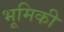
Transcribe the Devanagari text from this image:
भूमिकी